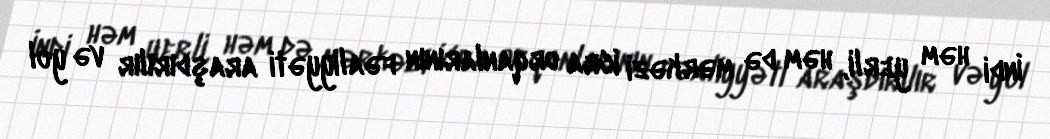
İndi həm yerli, həm də mərkəzi icra orqanlarının fəaliyyəti araşdırılır və yol